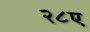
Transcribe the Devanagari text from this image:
२८ए